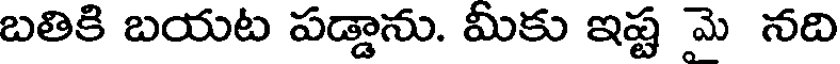
బతికి బయట పడ్డాను. మీకు ఇష్ట మె నది